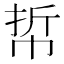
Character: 𢂼